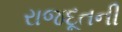
રાજદૂતની